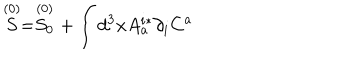
LaTeX: \stackrel { ( 0 ) } { S } = \stackrel { ( 0 ) } { S _ { 0 } } + \int d ^ { 3 } x A _ { a } ^ { i * } \partial _ { i } C ^ { a }